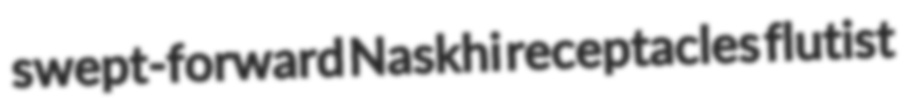
swept-forward Naskhi receptacles flutist